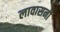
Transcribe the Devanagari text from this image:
लावासनी